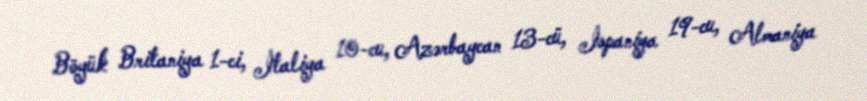
Böyük Britaniya 1-ci, İtaliya 10-cu, Azərbaycan 13-cü, İspaniya 19-cu, Almaniya